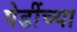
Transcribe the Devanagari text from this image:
पेढींच्या